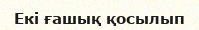
Екі ғашық қосылып